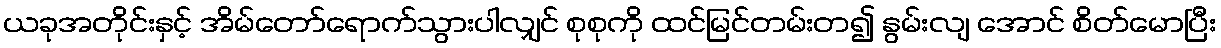
ယခုအတိုင်းနှင့် အိမ်တော်ရောက်သွားပါလျှင် စုစုကို ထင်မြင်တမ်းတ၍ နွမ်းလျ အောင် စိတ်မောပြီး